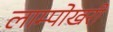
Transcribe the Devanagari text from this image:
लाम्पोखरी